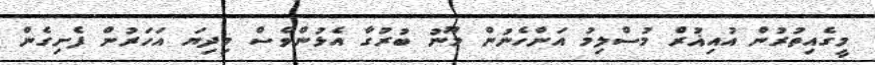
މީގެއިތުރުން އުއިޣުރް މުސްލިމު އަންހެނުން މޫނު ބުރުގާ އެޅުންވެސް މިދިޔަ އަހަރުން ފެށިގެން